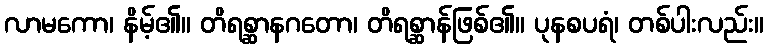
လာမကော၊ နိမ့်၏။ တိရစ္ဆာနဂတော၊ တိရစ္ဆာန်ဖြစ်၏။ ပုနစပရံ၊ တစ်ပါးလည်း။